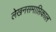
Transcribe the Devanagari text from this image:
लेखनसमाप्तिकाल